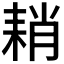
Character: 𦓴